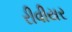
રીવીયર